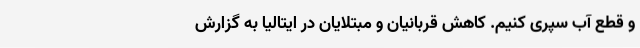
و قطع آب سپری کنیم. کاهش قربانیان و مبتلایان در ایتالیا به گزارش